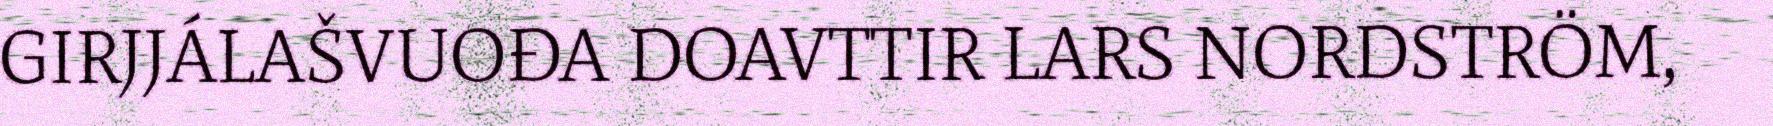
GIRJJÁLAŠVUOĐA DOAVTTIR LARS NORDSTRÖM,